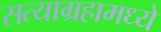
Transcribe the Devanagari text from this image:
सत्याग्रहामध्ये